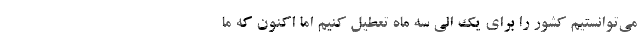
می‌توانستیم کشور را برای یک الی سه ماه تعطیل کنیم اما اکنون که ما